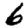
Digit: 6